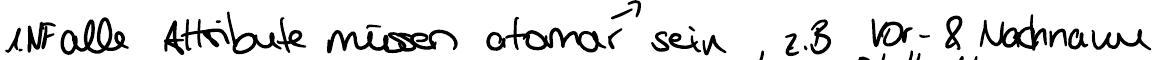
1.NF alle Attribute müssen atomar sein, z.B. Vor- & Nachname